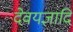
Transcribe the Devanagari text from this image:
देवयज्ञादि